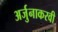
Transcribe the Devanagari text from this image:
अर्जुनाकरवी